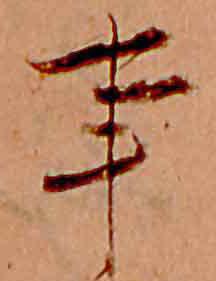
事